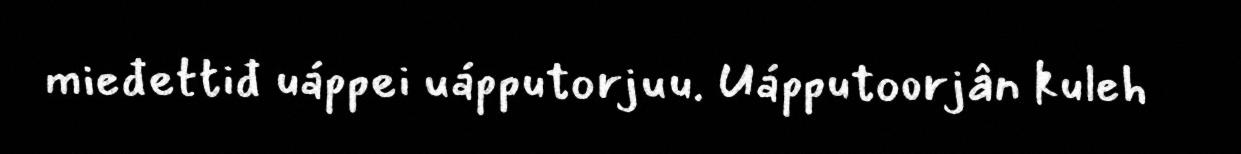
mieđettiđ uáppei uápputorjuu. Uápputoorjân kuleh